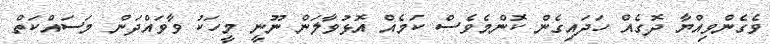
ވެގެންވިއްޔާ ދޮގެއް ހަދައިގެން ކޮންމެވެސް ކަމެއް އޮޅުވާލަން ނޫނީ މީހަކު ވާވައްދަން މަސައްކަތް